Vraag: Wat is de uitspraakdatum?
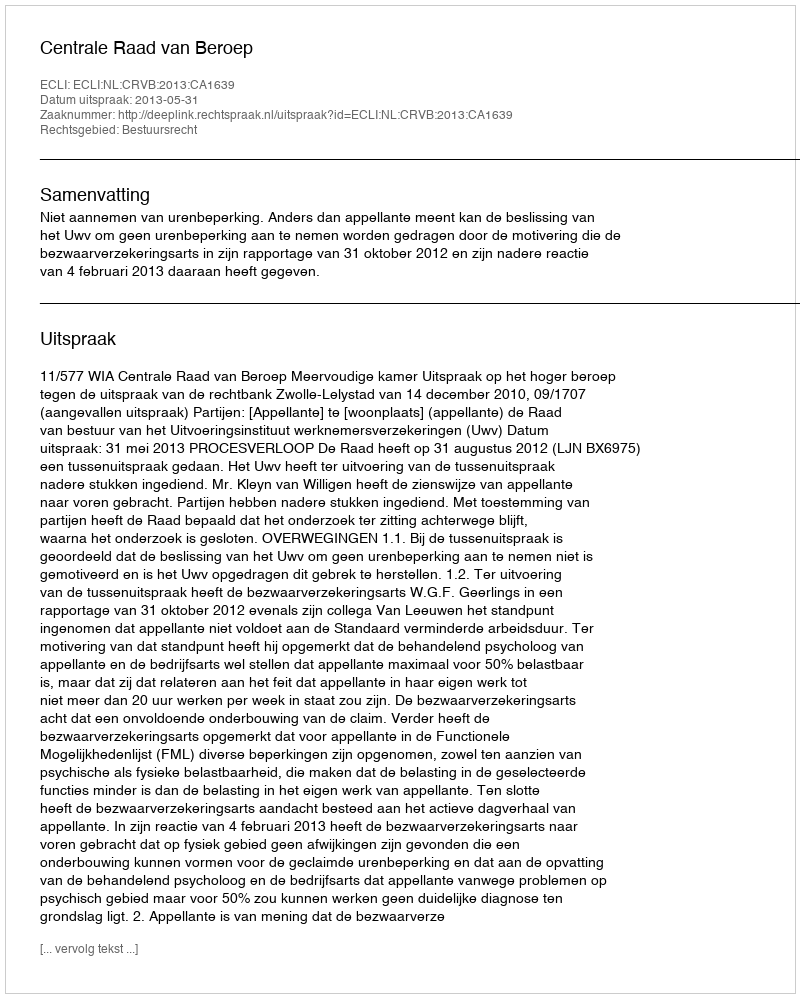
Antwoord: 2013-05-31